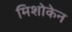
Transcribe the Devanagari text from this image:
मिशोकेन